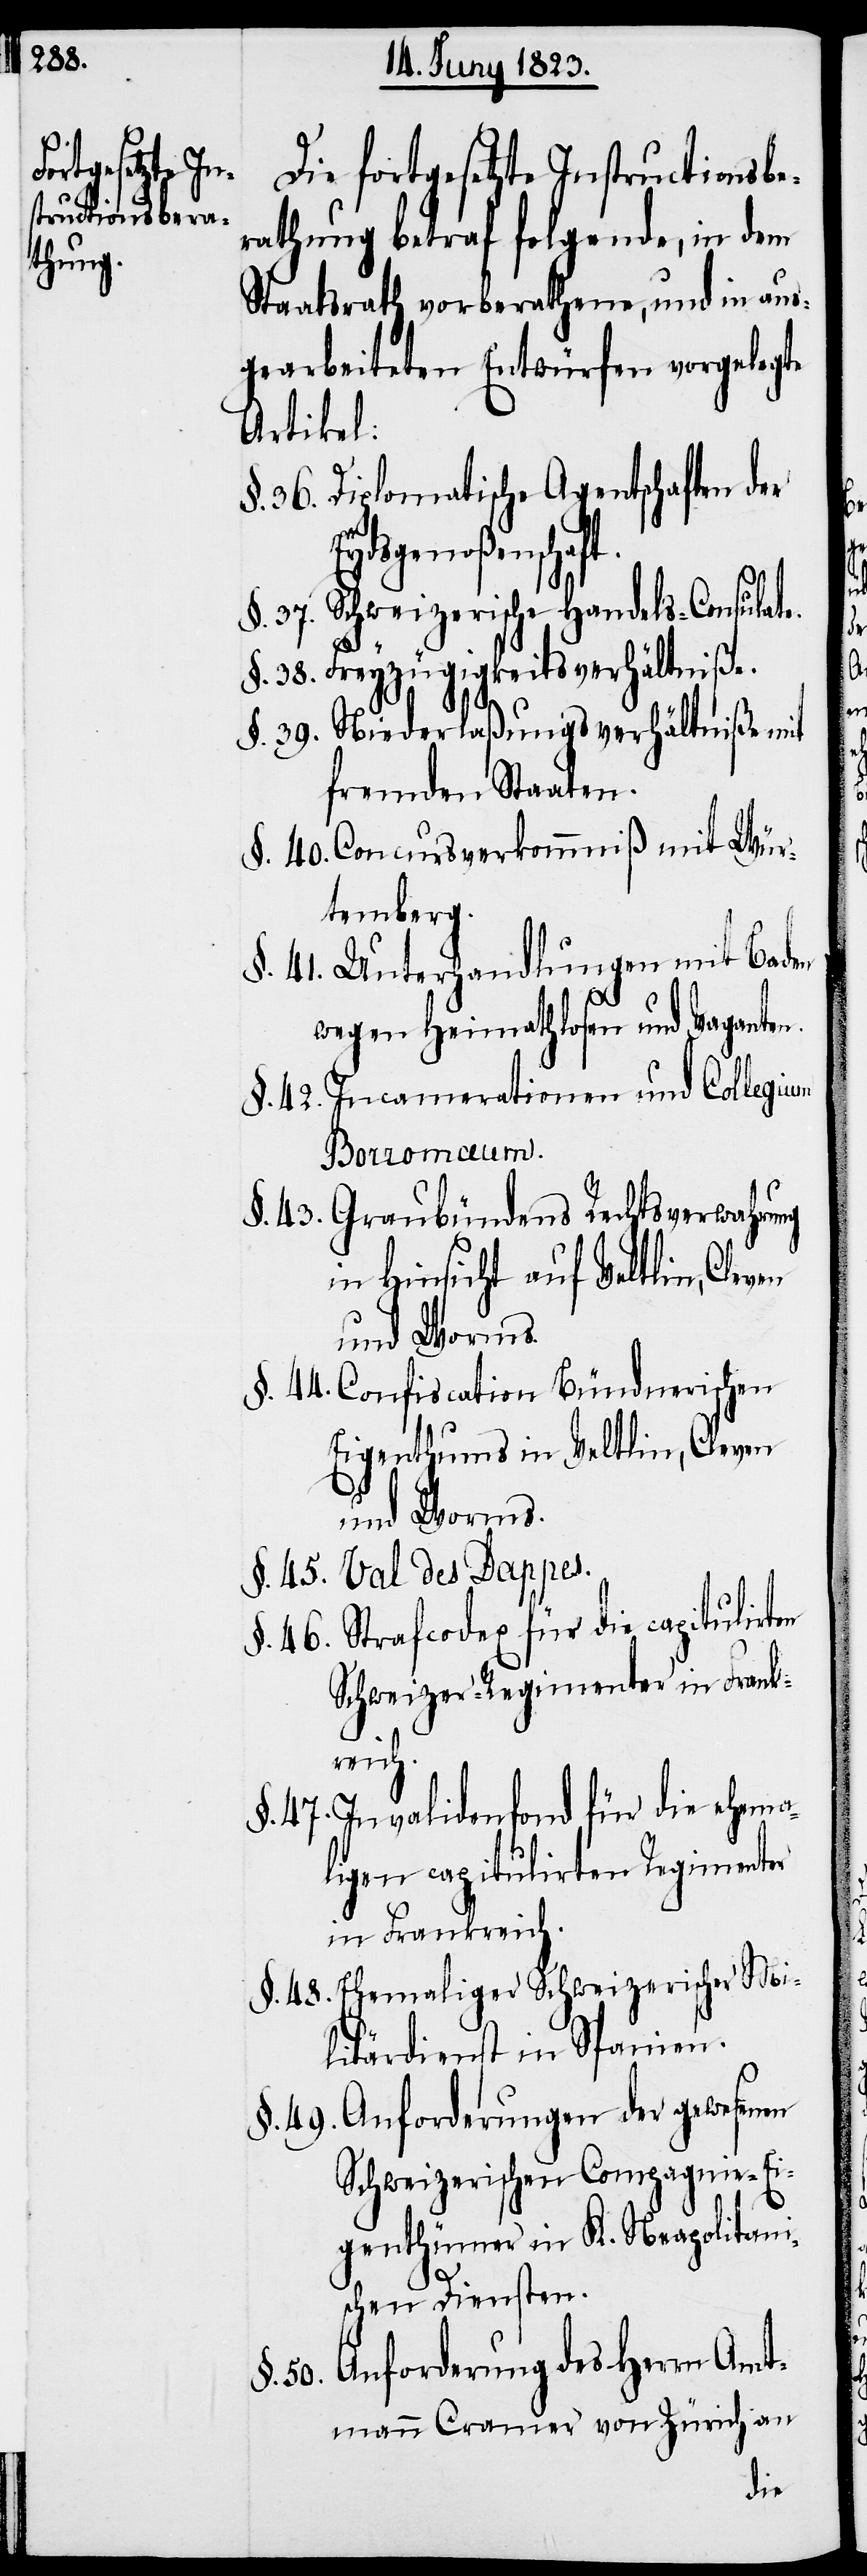
Die fortgesetzte Instructionsbe¬
rathung betraf folgende, in dem
Staatsrath vorberathene, und in aus¬
gearbeiteten Entwürfen vorgelegte
Artikel:
Diplomatische Agentschaften der
Eydsgenoßenscha¬
Schweizerische Handels-Consulate.
Freyzügigkeitsverhältniße.
Niederlaßungsverhältniße mit
fremden Staaten.
Concursverkommniß mit Wür¬
temberg.
Unterhandlungen mit Baden
wegen Heimathlosen und Vaganten.
Incamerationen und Collegium
Borromæum.
Graubündens Rechtsverwahrung
in Hinsicht auf Veltlin, Cleven
und Worms.
Confiscation Bündnerischen
Eigenthums in Veltlin, Cleven
und Worms.
Strafcodex für die capitulirten
Schweizer-Regimenter in Frank¬
reich.
Invalidenfond für die ehema¬
ligen capitulirten Regimenter
in Frankreich.
Ehemaliger Schweizerischer Mi¬
litärdienst in Spanien.
Anforderungen der gewesenen
Schweizerischen Compagnie-Ei¬
genthümer in K. Neapolitani¬
ft.
schen Diensten.
Anforderung des Herrn Amt¬
§. 50.
mann Cramer von Zürich, an